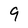
Character: 9